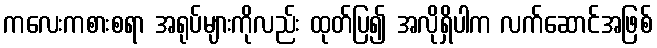
ကလေးကစားစရာ အရုပ်များကိုလည်း ထုတ်ပြ၍ အလိုရှိပါက လက်ဆောင်အဖြစ်